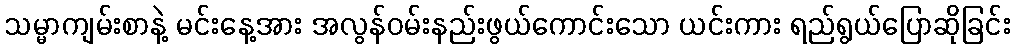
သမ္မာကျမ်းစာနဲ့ မင်းနေ့အား အလွန်ဝမ်းနည်းဖွယ်ကောင်းသော ယင်းကား ရည်ရွယ်ပြောဆိုခြင်း